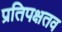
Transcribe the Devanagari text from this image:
प्रतिपक्षतव